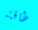
طاقته